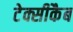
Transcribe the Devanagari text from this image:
टेक्सीकैब